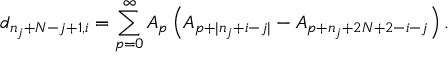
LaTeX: d _ { n _ { j } + N - j + 1 , i } = \sum _ { p = 0 } ^ { \infty } A _ { p } \left( A _ { p + | n _ { j } + i - j | } - A _ { p + n _ { j } + 2 N + 2 - i - j } \right) .